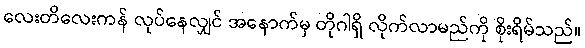
လေးတိလေးကန် လုပ်နေလျှင် အနောက်မှ တိုဂါရှိ လိုက်လာမည်ကို စိုးရိမ်သည်။